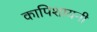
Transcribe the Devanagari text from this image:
कापिशायनी